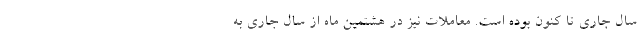
سال جاری تا کنون بوده است. معاملات نیز در هشتمین ماه از سال جاری به